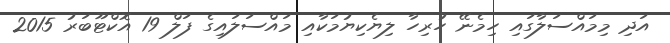
އަދި މިމައްސަލާގައި ހިމެނޭ ހުރިހާ ލިޔެކިޔުމަކާއި މައްސަލައިގެ ފަލް 19 އޮކްޓޫބަރު 2015